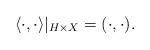
LaTeX: \begin{align*}\langle\cdot, \cdot\rangle|_{H\times X} = (\cdot, \cdot).\end{align*}